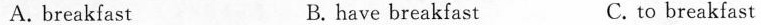
A. breakfast B. have breakfast C. to breakfast